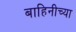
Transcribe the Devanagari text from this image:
बाहिनीच्या